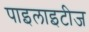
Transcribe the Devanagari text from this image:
पाइलाइटीज